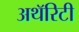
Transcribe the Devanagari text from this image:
अथॅरिटी